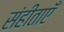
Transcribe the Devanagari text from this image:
संहीताएँ